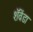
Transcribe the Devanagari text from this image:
शॅवेंडा